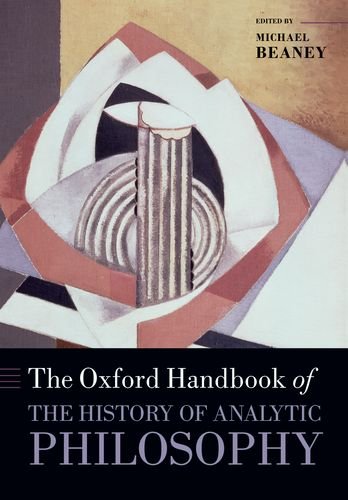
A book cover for The Oxford Handbook of The History of Analytic Philosophy; Politics & Social Sciences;